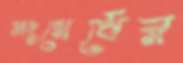
সংঘের্ষের